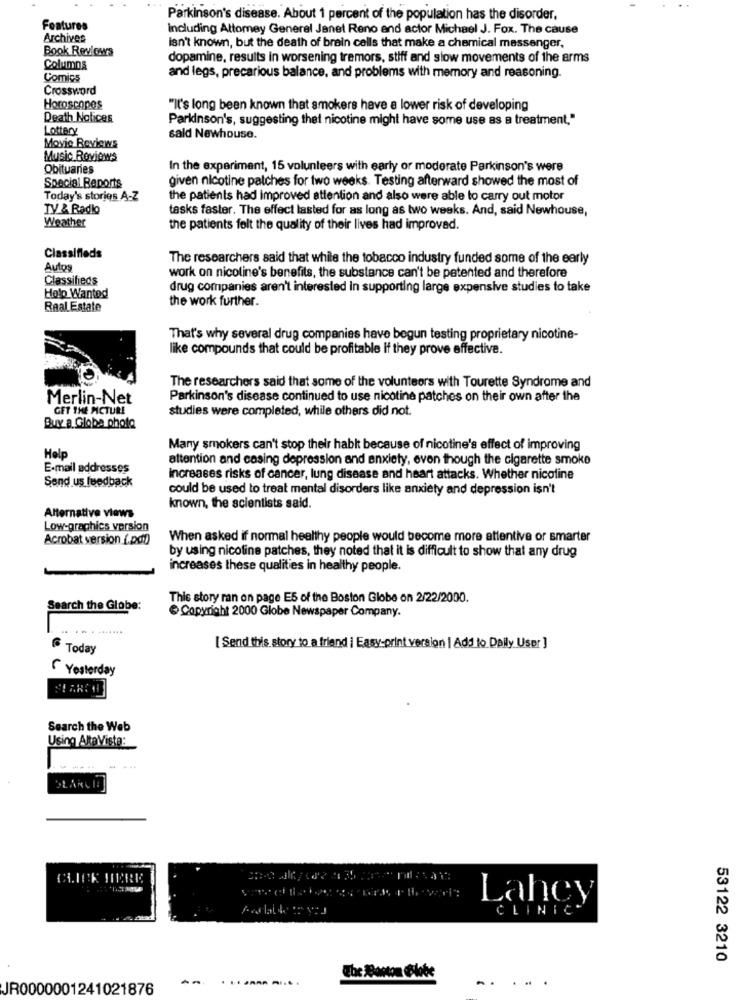
Parkinson's disease. About 1 percent of the population has the disorder,
Features
Including Attorney General Janet Reno and actor Michael J. Fox. The cause
Archives
Book Reviews
isn't known, but the death of brain cells that make a chemical messenger,
dopamine, results in worsening tremors, stiff and slow movements of the arms
Columns
Comics
and legs, precarious balance, and problems with memory and reasoning.
Crossword
Horoscopes
"It's long been known that smokers have a lower risk of developing
Death Notices
Parkinson's, suggesting thet nicotine might have some use as a treatment."
Lottery
sald Newhouse.
Movie Reviews
Music Reviews
Obituaries
In the experiment, 15 volunteers with early or moderate Parkinson's were
Special Reports
given nicotine patches for two weeks. Testing afterward showed the most of
Today's stories A-Z
the patients had improved attention and also were able to carry out motor
TV & Radio
tasks faster. The effect lasted for as long as two weeks. And, said Newhouse,
Weather
the patients felt the quality of their lives had improved.
Classifieds
The researchers said that while the tobacco industry funded some of the early
Autos
Classifieds
work on nicoline's benefits, the substance can't be patented and therefore
drug companies aren't interested in supporting large expensive studies to take
Help Wanted
the work further.
Real Estate
That's why several drug companies have begun testing proprietary nicotine-
like compounds that could be profitable if they prove effective.
The researchers said that some of the volunteers with Tourette Syndrome and
Merlin-Net
Parkinson's disease continued to use nicotine patches on their own after the
GET THE MCTURE
studies were completed, while others did not.
Buy a Globe photo
Many smokers can't stop their habk because of nicotine's effect of improving
Help
attention and casing depression and anxiety, even though the cigarette smoke
E-mail addresses
Send us feedback
increases risks of cancer, lung disease and heart attacks. Whether nicoline
could be used to treat mental disorders like anxiety and depression isn't
known, the scientists said.
Alternative views
Low-graphics version
Acrobat version (.pdf)
When asked if normal healthy people would become more attentive or smarter
by using nicoline patches, they noted that it is difficult to show that any drug
increases these qualities in healthy people.
This story ran on page E5 of the Boston Globe on 2/22/2000.
Search the Globe:
Copyright 2000 Globe Newspaper Company.
.. .. . .......
® Today
[ Send this story to a friend | Easy-print version | Add to Daily User ]
Yesterday
Search the Web
Using AltaVista:
----
CLICK HERE
Lahcy
CLINIC
53122 3210
The Monton Globe
....
JR0000001241021876